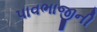
પાવભાજીની